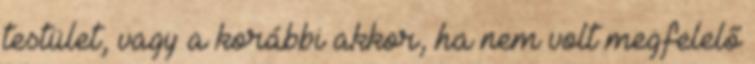
testület, vagy a korábbi akkor, ha nem volt megfelelő